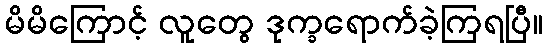
မိမိကြောင့် လူတွေ ဒုက္ခရောက်ခဲ့ကြရပြီ။